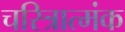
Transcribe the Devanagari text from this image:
चरित्रात्मंक